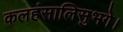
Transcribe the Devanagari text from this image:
कलहंसालिसुभगे।